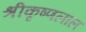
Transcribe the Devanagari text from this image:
श्रीकृष्णलाल